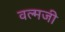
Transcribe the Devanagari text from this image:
वल्मजी